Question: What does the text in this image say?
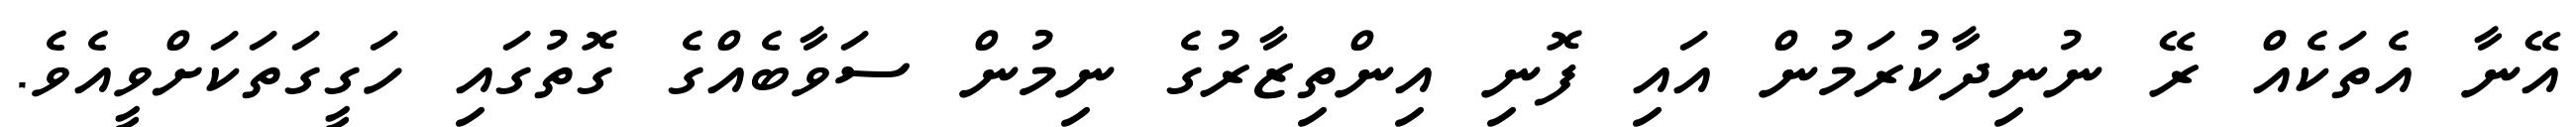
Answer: އޭނާ އެތަކެއް ރޭ ނުނިދާކުރަމުން އައި ފޮނި އިންތިޒާރުގެ ނިމުން ސަވާބެއްގެ ގޮތުގައި ހަގީގަތަކަށްވީއެވެ.